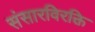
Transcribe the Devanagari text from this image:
संसारविरक्ति